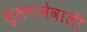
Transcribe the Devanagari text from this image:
सुलगनेवाली